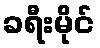
ခရီးမိုင်